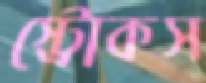
স্ট্রোকস